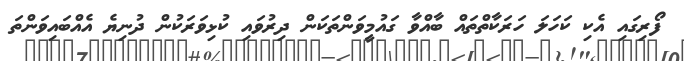
ފޯރިގައި އެކި ކަހަލަ ހަރަކާތްތައް ބާއްވާ ގައުމީވަންތަކަން ދިރުވައި ކުޅިވަރަކުން ދުނިޔެ އެއްބައިވަންތަ